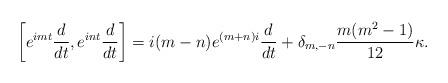
LaTeX: \begin{align*}\left[e^{imt}\frac{d}{dt},e^{int}\frac{d}{dt}\right]=i(m-n)e^{(m+n)i}\frac{d}{dt}+\delta_{m,-n}\frac{m(m^2-1)}{12}\kappa. \end{align*}